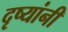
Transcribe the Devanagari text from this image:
दृष्यांनी